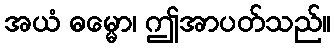
အယံ ဓမ္မော၊ ဤအာပတ်သည်။